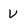
Character: V